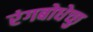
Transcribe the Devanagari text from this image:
रंगबोधेच्छु